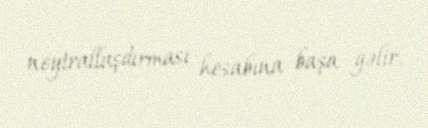
neytrallaşdırması hesabına başa gəlir.